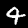
Digit: 4